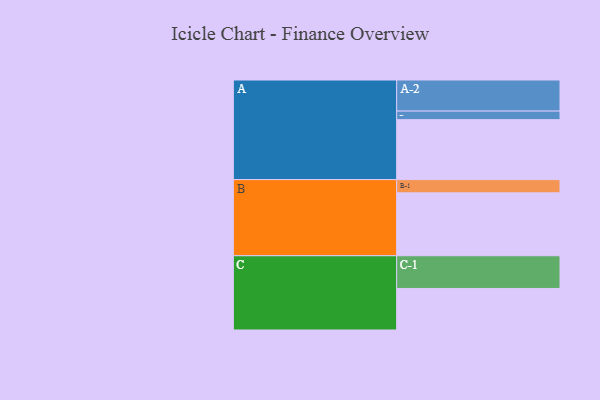
{"axis": {"x": "Segment", "y": "Value"}, "legend": ["", "A", "B", "C"], "data": [{"x": "A", "y": 511, "type": ""}, {"x": "B", "y": 536, "type": ""}, {"x": "C", "y": 354, "type": ""}, {"x": "A-1", "y": 73, "type": "A"}, {"x": "A-2", "y": 265, "type": "A"}, {"x": "B-1", "y": 113, "type": "B"}, {"x": "C-1", "y": 279, "type": "C"}]}